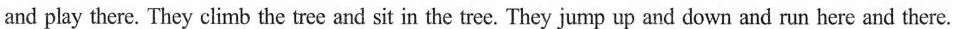
and play there. They climb the tree and sit in the tree. They jump up and down and run here and there.